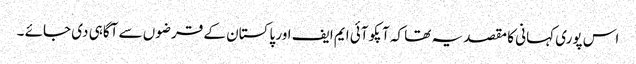
اس پوری کہانی کا مقصد یہ تھا کہ آپکو آئی ایم ایف اور پاکستان کے قرضوں سے آگاہی دی جائے ۔